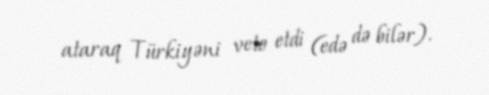
ataraq Türkiyəni veto etdi (edə də bilər).